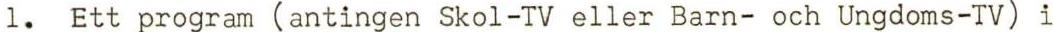
1. Ett program (antingen Skol-TV eller Barn- och Ungdoms-TV) i